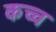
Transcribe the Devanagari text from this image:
कच्च